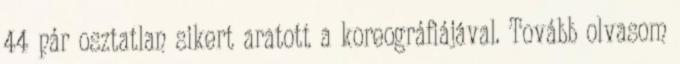
44 pár osztatlan sikert aratott a koreográfiájával. Tovább olvasom